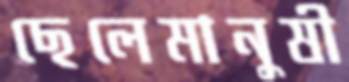
ছেলেমানুষী